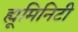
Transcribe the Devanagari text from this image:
ह्यूमिनिटी